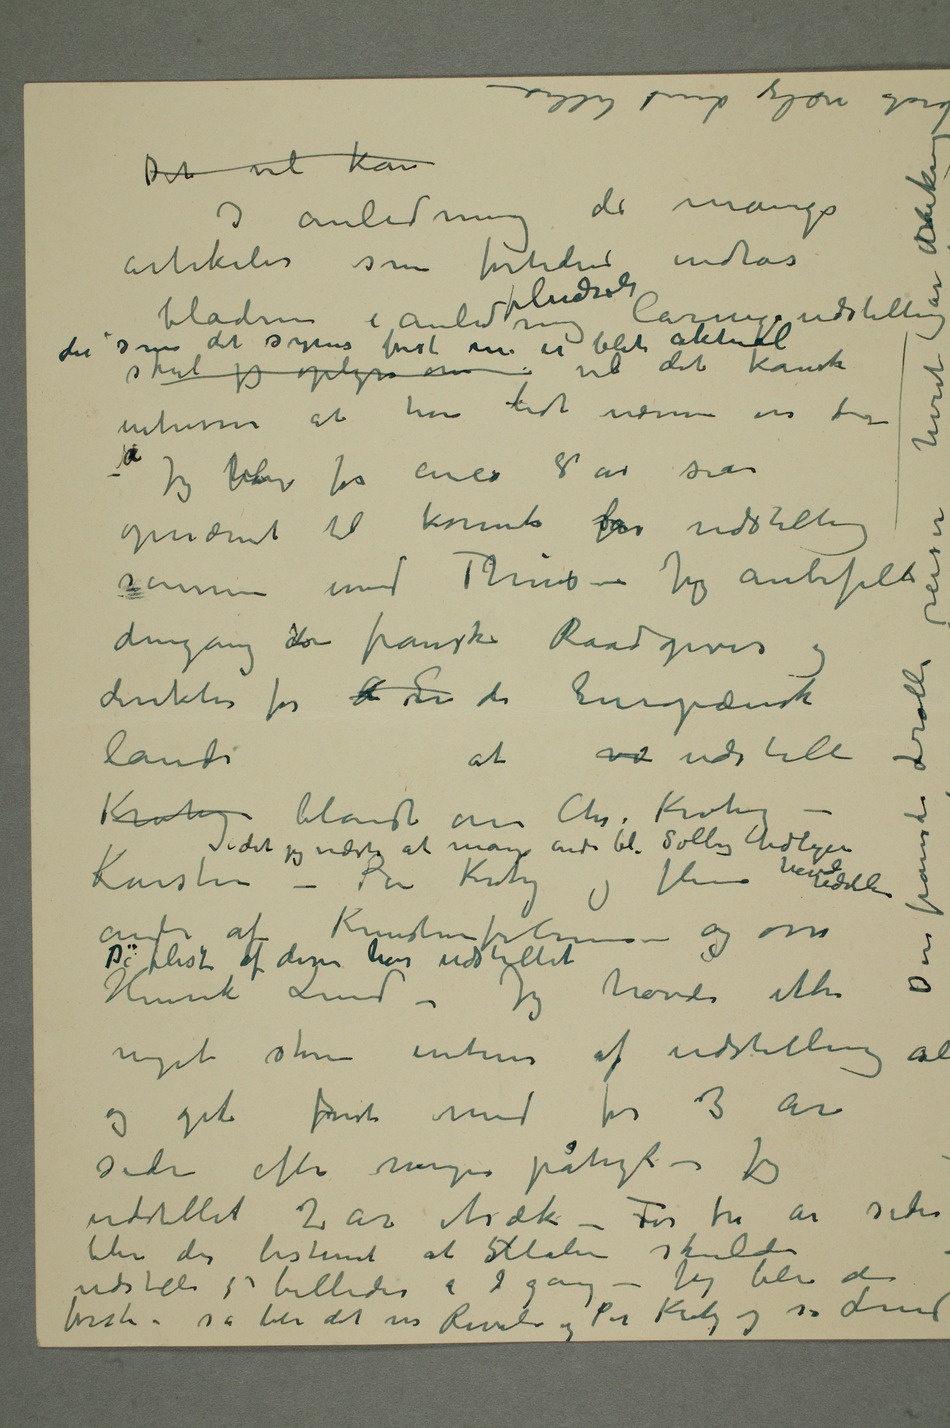
artikler som fortiden indtas i
bladerne i anledning pludseli
skal jeg oplyse om vil det kanske intressere at høre
lidt nærmere
om den – Jeg hablev for circa 8 år siden
dengang den franske Raadgiver og
direktør for  Eu de Europæiske lande Krohg
at vi udstille – idet jeg vidste
havde udstillet Karsten – Per Krohg og flere andre af
– og osså Henrik Lund De fleste av disse har
og gik først med for 3 år
siden efter manges påtryk – Jeg
udstillet 2 år itræk – For tre år siden
udstille 5 billeder à 2 gange – Jeg blev den
første – så blev det vis Revold og Per Krohg og så Lund –